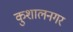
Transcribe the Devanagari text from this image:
कुशालनगर